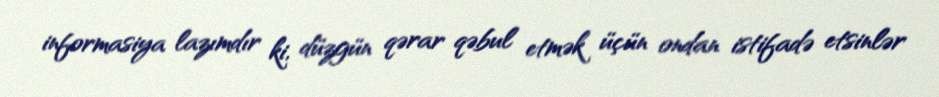
informasiya lazımdır ki, düzgün qərar qəbul etmək üçün ondan istifadə etsinlər